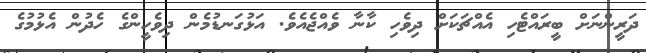
ދަރީންނަށް ބީރައްޓެހި އެއްޗަކަށް ދިވެހި ކާނާ ވެއްޖެއެވެ. އަޅުގަނޑުމެން ދިވެހީންގެ ހެދުން އެޅުމުގެ